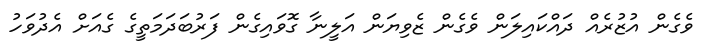
ވެގެން އުޒުރެއް ދައްކައިލަން ވެގެން ޒެވިޔަން އަލީނާ ގޮވައިގެން ފަރުބަދަމަތީގެ ގެއަށް އެދުވަހު